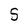
Character: S